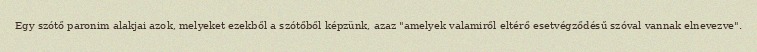
Egy szótő paronim alakjai azok, melyeket ezekből a szótőből képzünk, azaz "amelyek valamiről eltérő esetvégződésű szóval vannak elnevezve".